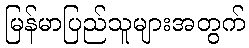
မြန်မာပြည်သူများအတွက်